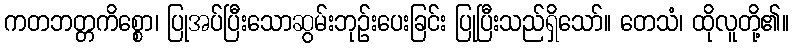
ကတဘတ္တကိစ္စော၊ ပြုအပ်ပြီးသောဆွမ်းဘုဉ်းပေးခြင်း ပြုပြီးသည်ရှိသော်။ တေသံ၊ ထိုလူတို့၏။